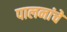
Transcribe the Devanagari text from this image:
पालनांचे